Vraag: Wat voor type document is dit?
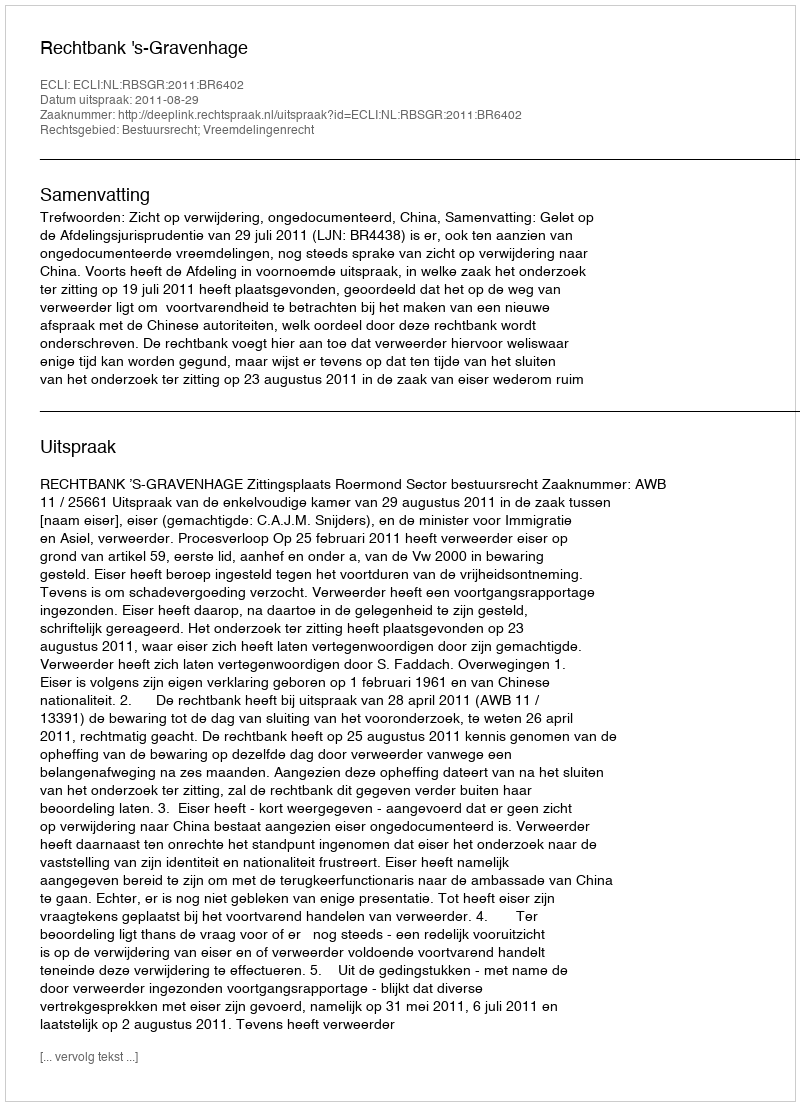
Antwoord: Uitspraak